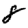
Digit: 8